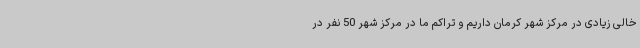
خالی زیادی در مرکز شهر کرمان داریم و تراکم ما در مرکز شهر 50 نفر در